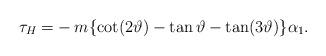
LaTeX: \begin{align*}\tau_{H}=&-m\{\cot (2\vartheta) -\tan \vartheta -\tan(3\vartheta) \}\alpha_{1}.\end{align*}